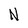
Character: N